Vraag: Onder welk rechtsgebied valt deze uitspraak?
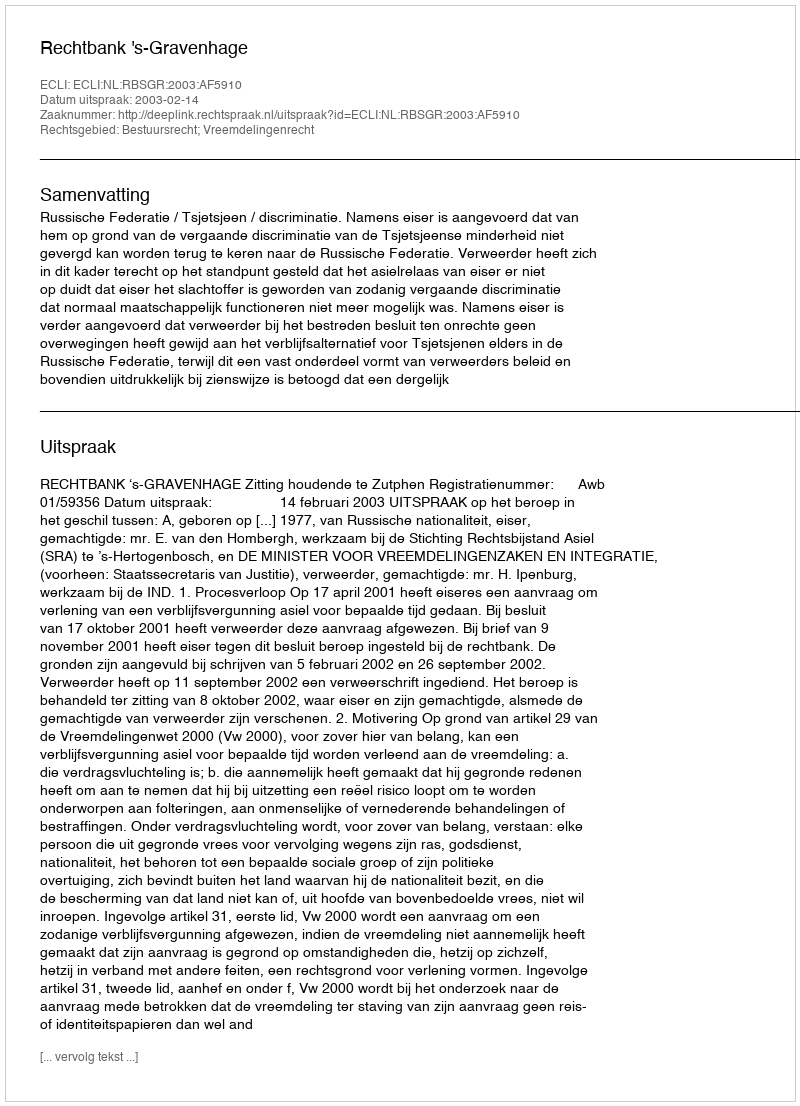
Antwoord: Bestuursrecht; Vreemdelingenrecht